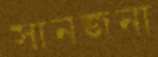
সানজনা